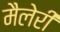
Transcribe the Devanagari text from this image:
मैलेरी